Annual report of lunatic asylums [Bombay] - 1912-1922
Year: 1912
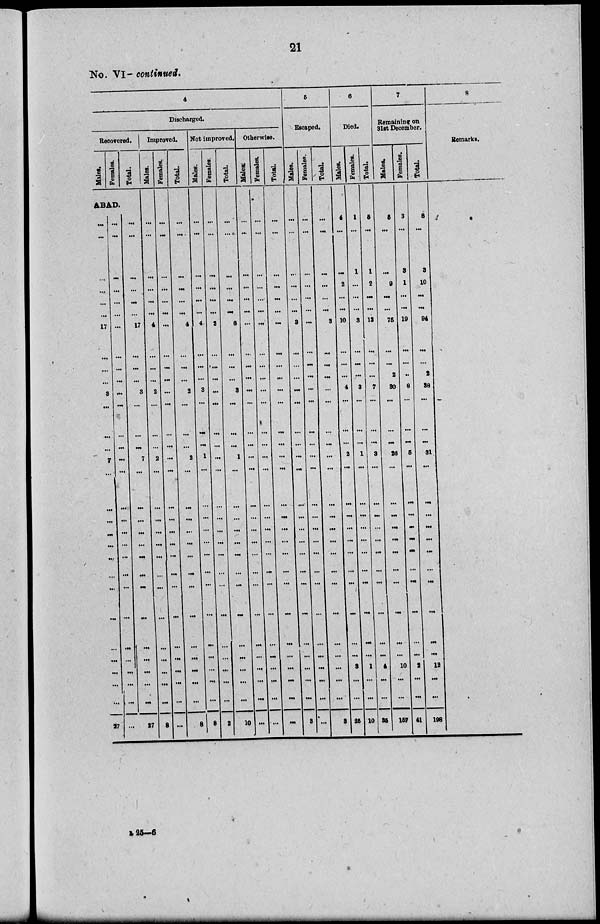
21
No. VI–– continued.
4
Discharged.
Recovered.
Males.
Females.
Total.
ABAD.
...
...
...
...
...
...
17
...
...
...
3
...
...
...
7
...
...
...
...
...
...
...
...
...
...
...
...
. ..
...
27
...
...
...
...
...
...
...
...
...
...
...
..
...
...
...
...
...
...
...
...
...
...
...
....
...
...
...
...
...
...
...
...
...
...
...
...
17
...
...
...
3
...
...
...
7
...
...
...
...
...
...
...
...
...
...
...
...
...
...
27
Improved.
Males.
...
...
...
...
...
...
4
...
...
...
2
. ..
...
. ..
2
...
...
...
...
...
...
...
...
...
...
. ..
...
. ..
...
8
Females.
...
...
...
...
...
...
...
...
...
...
...
...
...
...
....
...
...
...
...
...
...
...
...
...
...
...
...
...
...
. ..
Total.
...
...
...
...
...
...
4
...
...
...
2
...
...
...
2
...
...
...
...
...
...
. ..
...
...
...
...
...
...
...
8
Not improved.
Males.
...
...
...
...
...
...
4
..
...
...
8
...
...
...
1
. ..
...
...
...
...
...
...
...
...
...
...
...
..
...
8
Females.
...
...
...
...
...
...
2
...
...
...
...
...
...
...
...
...
...
...
...
...
...
...
...
...
...
...
...
...
...
2
Total.
...
....
...
...
...
...
6
. ..
...
. ..
8
...
...
...
1
...
...
...
...
...
...
...
...
...
...
...
...
...
...
10
Otherwise.
Males.
...
...
...
...
...
...
...
...
...
...
...
...
...
...
...
...
...
...
...
...
...
...
...
...
...
...
...
...
...
...
Females.
...
...
...
...
...
...
...
...
...
...
...
...
...
...
...
...
...
...
...
...
...
...
...
...
...
...
...
...
...
...
Total.
...
...
...
...
...
...
...
...
...
...
...
...
...
...
...
...
...
...
...
...
...
...
...
...
...
...
...
...
...
...
5
Escaped.
Males.
...
...
...
...
...
...
3
...
...
...
...
...
...
...
...
...
...
...
...
...
...
...
...
...
...
...
...
...
...
3
Females.
...
...
...
...
...
...
...
...
...
...
...
...
...
...
...
...
...
...
...
...
...
...
...
...
...
...
...
...
...
...
Total.
...
...
...
...
...
...
3
...
...
...
...
...
...
...
...
...
...
...
...
...
...
...
...
...
...
...
...
...
...
3
6
Died.
Males.
4
...
...
2
. ..
...
10
...
...
...
4
...
...
...
2
...
...
...
...
...
...
...
...
...
...
...
3
...
...
25
Females.
1
...
1
...
...
...
3
...
...
...
3
...
...
...
1
...
...
...
...
...
...
...
...
...
...
...
1
...
...
10
Total.
5
...
1
2
...
...
13
...
...
...
7
...
...
...
3
...
...
...
...
...
...
...
...
...
...
...
4
...
...
35
7
Remaining on
31st December.
Males
5
...
...
9
...
...
75
...
...
2
30
...
...
...
26
...
...
...
...
...
...
...
...
...
...
...
10
...
...
157
Females.
3
...
3
1
...
...
19
...
...
..
8
...
...
...
5
...
...
...
...
...
...
...
..
...
...
...
2
...
...
41
Total.
8
...
3
10
...
...
94
...
...
2
38
...
...
...
31
...
...
...
...
...
...
...
...
...
...
...
12
...
...
198
8
Remarks.
B 25––6